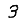
Digit: 3